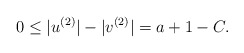
\begin{align*}0\le |u^{(2)}| - |v^{(2)}| = a+1-C.\end{align*}